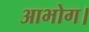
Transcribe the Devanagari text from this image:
आभोग।